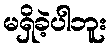
မရှိခဲ့ပါဘူး